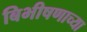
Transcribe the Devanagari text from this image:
बिभीषणाच्या